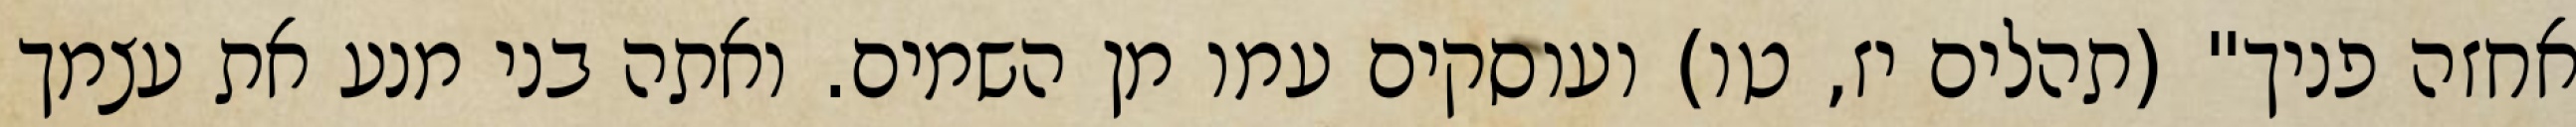
אחזה פניך" (תהלים יז, טו) ועוסקים עמו מן השמים. ואתה בני מנע את עצמך